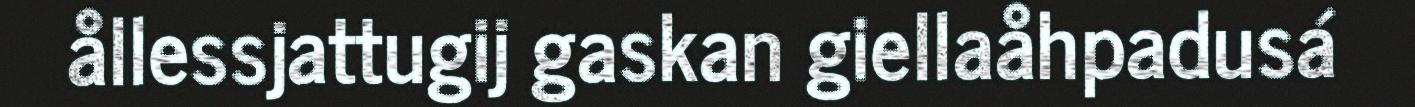
ållessjattugij gaskan giellaåhpadusá